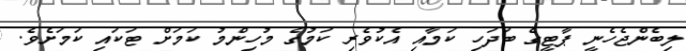
ލިބެންޖެހެނީ ޕާޓީގެ ބަދަހި ކަމާއި އެކުވެރި ކަމުގެ މުހިންމު ކަމަށް ޓަކައި ކަމަށެވެ.